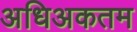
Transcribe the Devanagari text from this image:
अधिअकतम